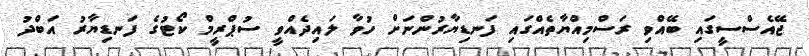
ޖޭއެސްސީގައި ބޭއްވި ރަސްމިއްޔާތެއްގައި ފަނޑިޔާރުންނަށް ހުވާ ލައިދެއްވީ ސުޕްރީމް ކޯޓުގެ ފަނޑިޔާރު އަބްދު